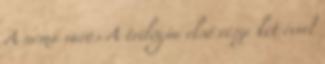
A néma város A trilógia első része két évvel